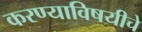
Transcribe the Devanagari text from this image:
करण्याविषयीचे